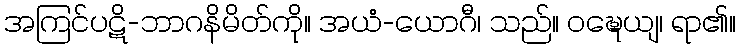
အကြင်ပဋိ-ဘာဂနိမိတ်ကို။ အယံ-ယောဂီ၊ သည်။ ဝဍ္ဎေယျ၊ ရာ၏။